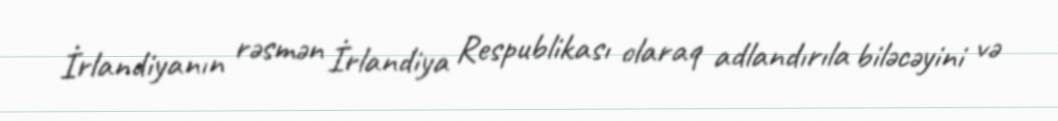
İrlandiyanın rəsmən İrlandiya Respublikası olaraq adlandırıla biləcəyini və